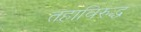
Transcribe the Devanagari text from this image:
तहाविरुद्ध